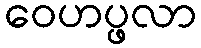
ဝေဟပ္ဖလာ